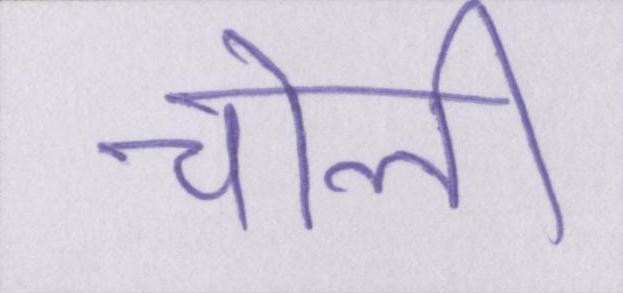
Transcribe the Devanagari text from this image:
चोली